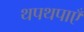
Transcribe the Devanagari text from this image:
थपथपाएँ